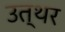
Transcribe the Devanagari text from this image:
उत्थर